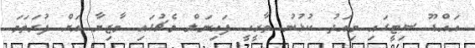
އައްޑޫ ސިޓީގައި މިއަދު ކުޅުނު ތާރީހީ ފައިނަލް މެޗުގައި މާޒިޔާ އަށް ފުރަތަމަ